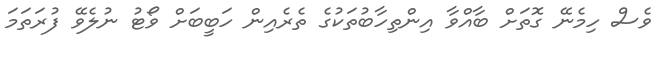
ވެސް ހިމެނޭ ގޮތަށް ބާއްވާ އިންތިހާބުތަކުގެ ތެރެއިން ހަބީބަށް ވޯޓު ނުލެވޭ ފުރަތަމަ